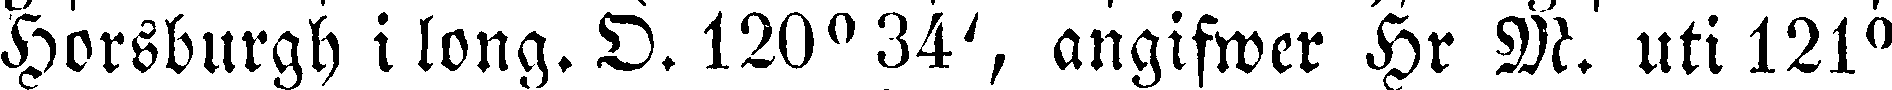
Horsburgh i long. D. 120° 34', angifwer Hr M. uti 121°